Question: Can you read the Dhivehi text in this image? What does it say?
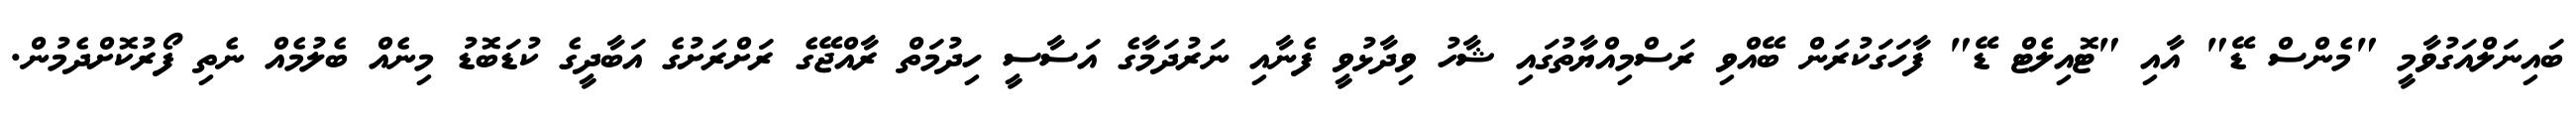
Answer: ބައިނަލްއަގުވާމީ "މެންސް ޑޭ" އާއި "ޓޮއިލެޓް ޑޭ" ފާހަގަކުރަން ބޭއްވި ރަސްމިއްޔާތުގައި ޝާހު ވިދާޅުވީ ފެނާއި ނަރުދަމާގެ އަސާސީ ހިދުމަތް ރާއްޖޭގެ ރަށްރަށުގެ އަބާދީގެ ކުޑަބޮޑު މިނެއް ބެލުމެއް ނެތި ފޯރުކޮށްދެމުން.